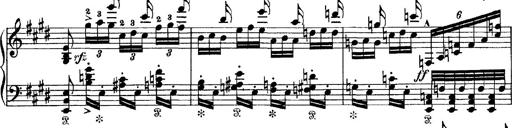
Title: Tarantelle di bravura dâ€™aprÃ¨s la tarantelle de La muette de Portici
Composer: Franz Liszt